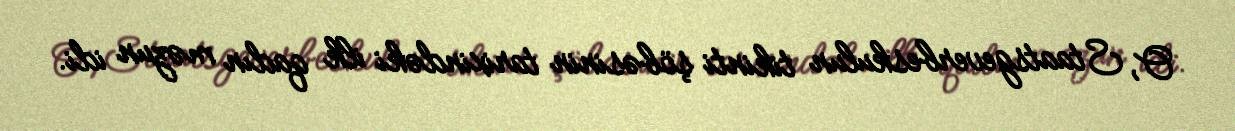
O, Staatsgeverbeskulun tikinti şöbəsinin tarixindəki ilk qadın məzun idi.